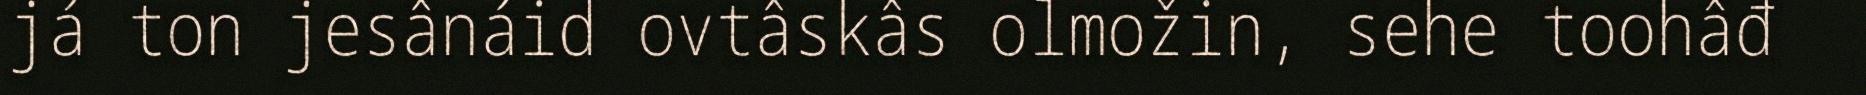
já ton jesânáid ovtâskâs olmožin, sehe toohâđ